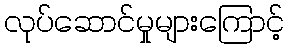
လုပ်ဆောင်မှုများကြောင့်